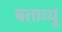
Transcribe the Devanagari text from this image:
बताव्यु